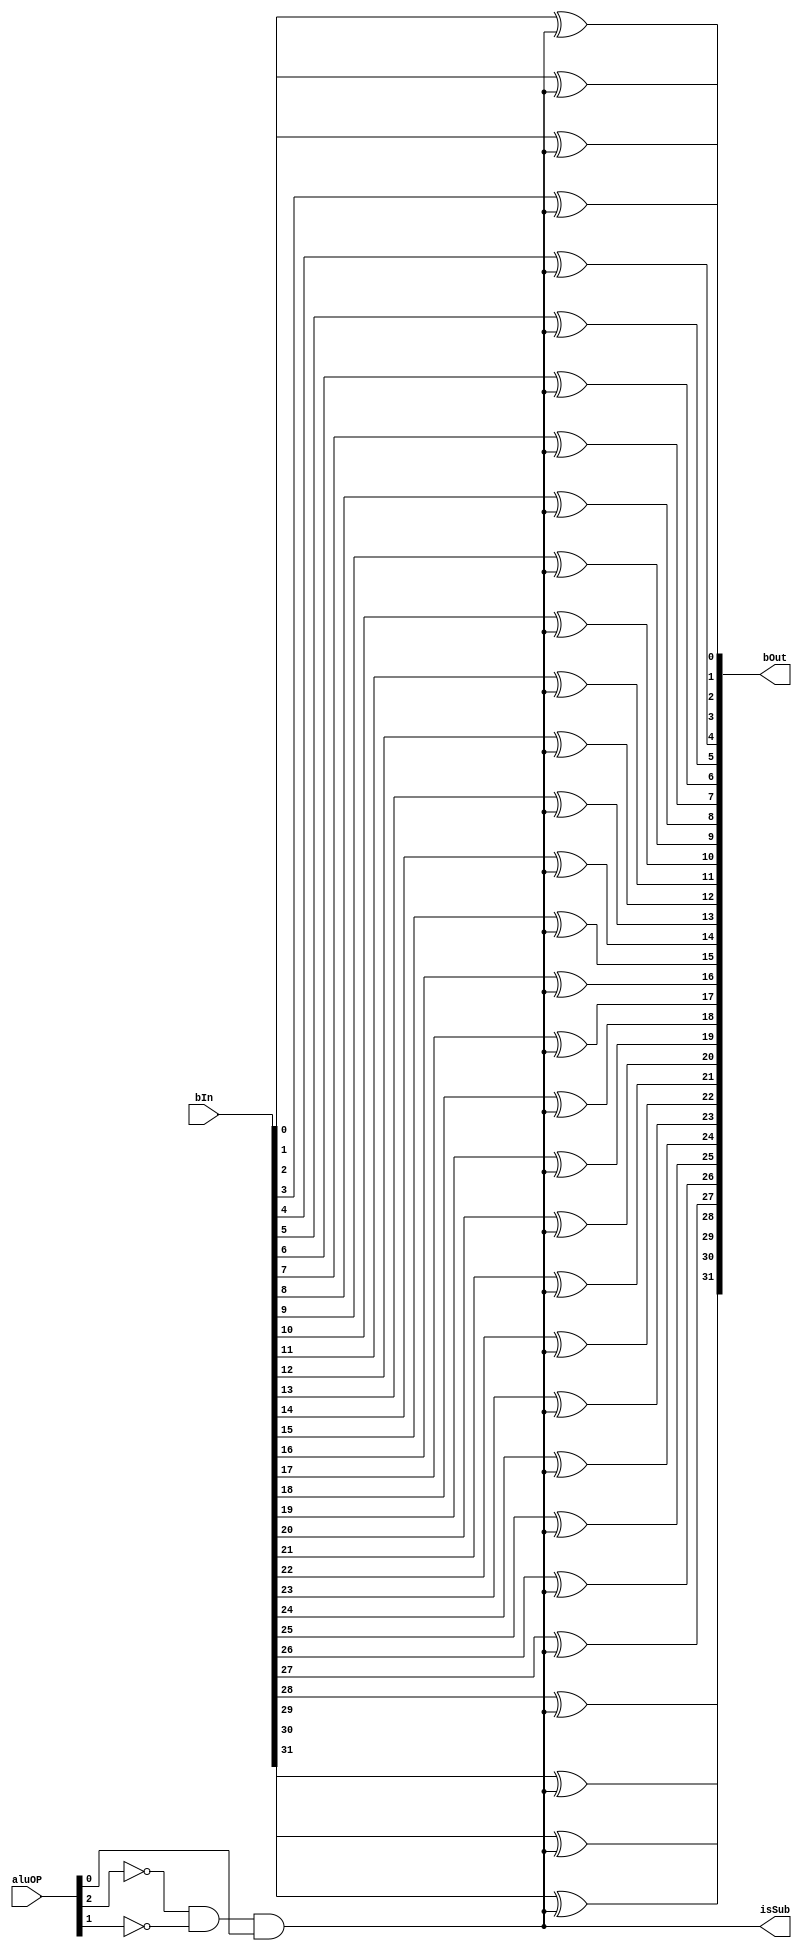
module presub(bOut, isSub, aluOP, bIn);
    input [2:0] aluOP;
    input [31:0] bIn;
    output [31:0] bOut;
    output isSub;

    wire t1, t2, t3;

    //find out if its a sub
    not n1(t1, aluOP[2]);
    not n2(t2, aluOP[1]);
    and isitasub(isSub, t1, t2, aluOP[0]);

    xor b0(bOut[0], bIn[0], isSub);
    xor b1(bOut[1], bIn[1], isSub);
    xor b2(bOut[2], bIn[2], isSub);
    xor b3(bOut[3], bIn[3], isSub);
    xor b4(bOut[4], bIn[4], isSub);
    xor b5(bOut[5], bIn[5], isSub);
    xor b6(bOut[6], bIn[6], isSub);
    xor b7(bOut[7], bIn[7], isSub);
    xor b8(bOut[8], bIn[8], isSub);
    xor b9(bOut[9], bIn[9], isSub);
    xor b10(bOut[10], bIn[10], isSub);
    xor b11(bOut[11], bIn[11], isSub);
    xor b12(bOut[12], bIn[12], isSub);
    xor b13(bOut[13], bIn[13], isSub);
    xor b14(bOut[14], bIn[14], isSub);
    xor b15(bOut[15], bIn[15], isSub);
    xor b16(bOut[16], bIn[16], isSub);
    xor b17(bOut[17], bIn[17], isSub);
    xor b18(bOut[18], bIn[18], isSub);
    xor b19(bOut[19], bIn[19], isSub);
    xor b20(bOut[20], bIn[20], isSub);
    xor b21(bOut[21], bIn[21], isSub);
    xor b22(bOut[22], bIn[22], isSub);
    xor b23(bOut[23], bIn[23], isSub);
    xor b24(bOut[24], bIn[24], isSub);
    xor b25(bOut[25], bIn[25], isSub);
    xor b26(bOut[26], bIn[26], isSub);
    xor b27(bOut[27], bIn[27], isSub);
    xor b28(bOut[28], bIn[28], isSub);
    xor b29(bOut[29], bIn[29], isSub);
    xor b30(bOut[30], bIn[30], isSub);
    xor b31(bOut[31], bIn[31], isSub);

endmodule